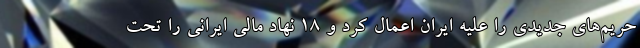
حریم‌های جدیدی را علیه ایران اعمال کرد و 18 نهاد مالی ایرانی را تحت